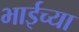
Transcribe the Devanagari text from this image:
भाईच्या